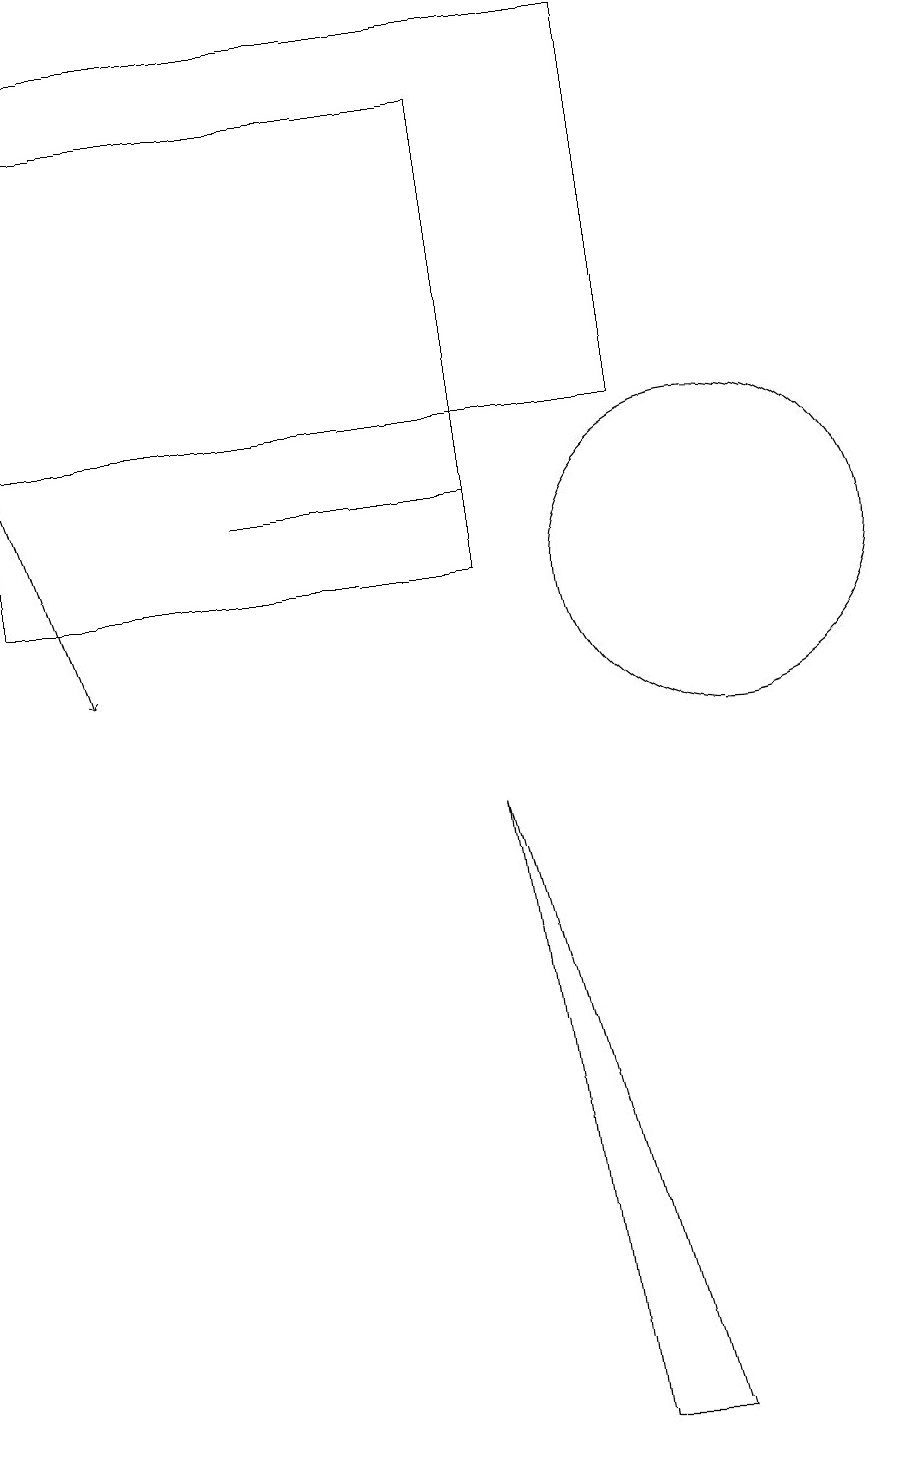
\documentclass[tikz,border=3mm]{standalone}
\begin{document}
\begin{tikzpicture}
\draw[->] (1,13) -- (2,10);
\draw (10,11) circle (2);
\draw (1,18) rectangle (9,13);
\draw (7,8) -- (8,0) -- (9,0) -- cycle;
\draw (7,11) rectangle (1,17);
\draw (4,12) rectangle (7,12);
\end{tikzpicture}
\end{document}